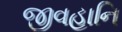
જીવહાનિ